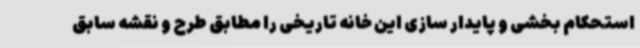
استحکام بخشی و پایدار سازی این خانه تاریخی را مطابق طرح و نقشه سابق